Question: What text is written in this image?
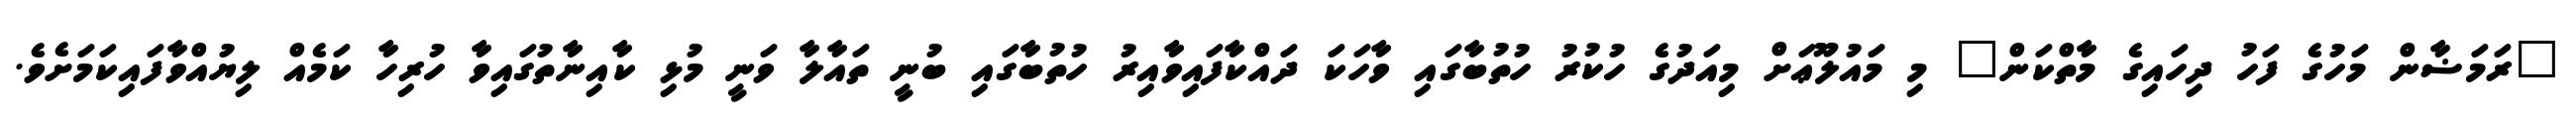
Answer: "ރަމަޟާން މަހުގެ ފަހު ދިހައިގެ މާތްކަން" މި މައުލޫޢަށް މިއަދުގެ ހުކުރު ހުތުބާގައި ވާހަކަ ދައްކާފައިވާއިރު ހުތުބާގައި ބުނީ ތައާލާ ވަނީ މުޅި ކާއިނާތުގައިވާ ހުރިހާ ކަމެއް ލިޔުއްވާފައިކަމަށެވެ.